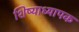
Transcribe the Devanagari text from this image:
शिष्याध्यापक